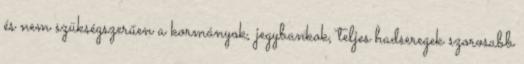
és nem szükségszerűen a kormányok, jegybankok, teljes hadseregek szorosabb